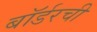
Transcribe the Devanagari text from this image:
बॉर्डरची